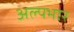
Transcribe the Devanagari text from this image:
अल्पभार